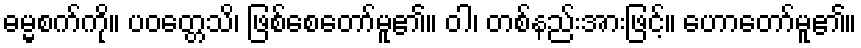
ဓမ္မစက်ကို။ ပဝတ္တေသိ၊ ဖြစ်စေတော်မူ၏။ ဝါ၊ တစ်နည်းအားဖြင့်။ ဟောတော်မူ၏။